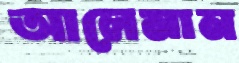
আলেমান